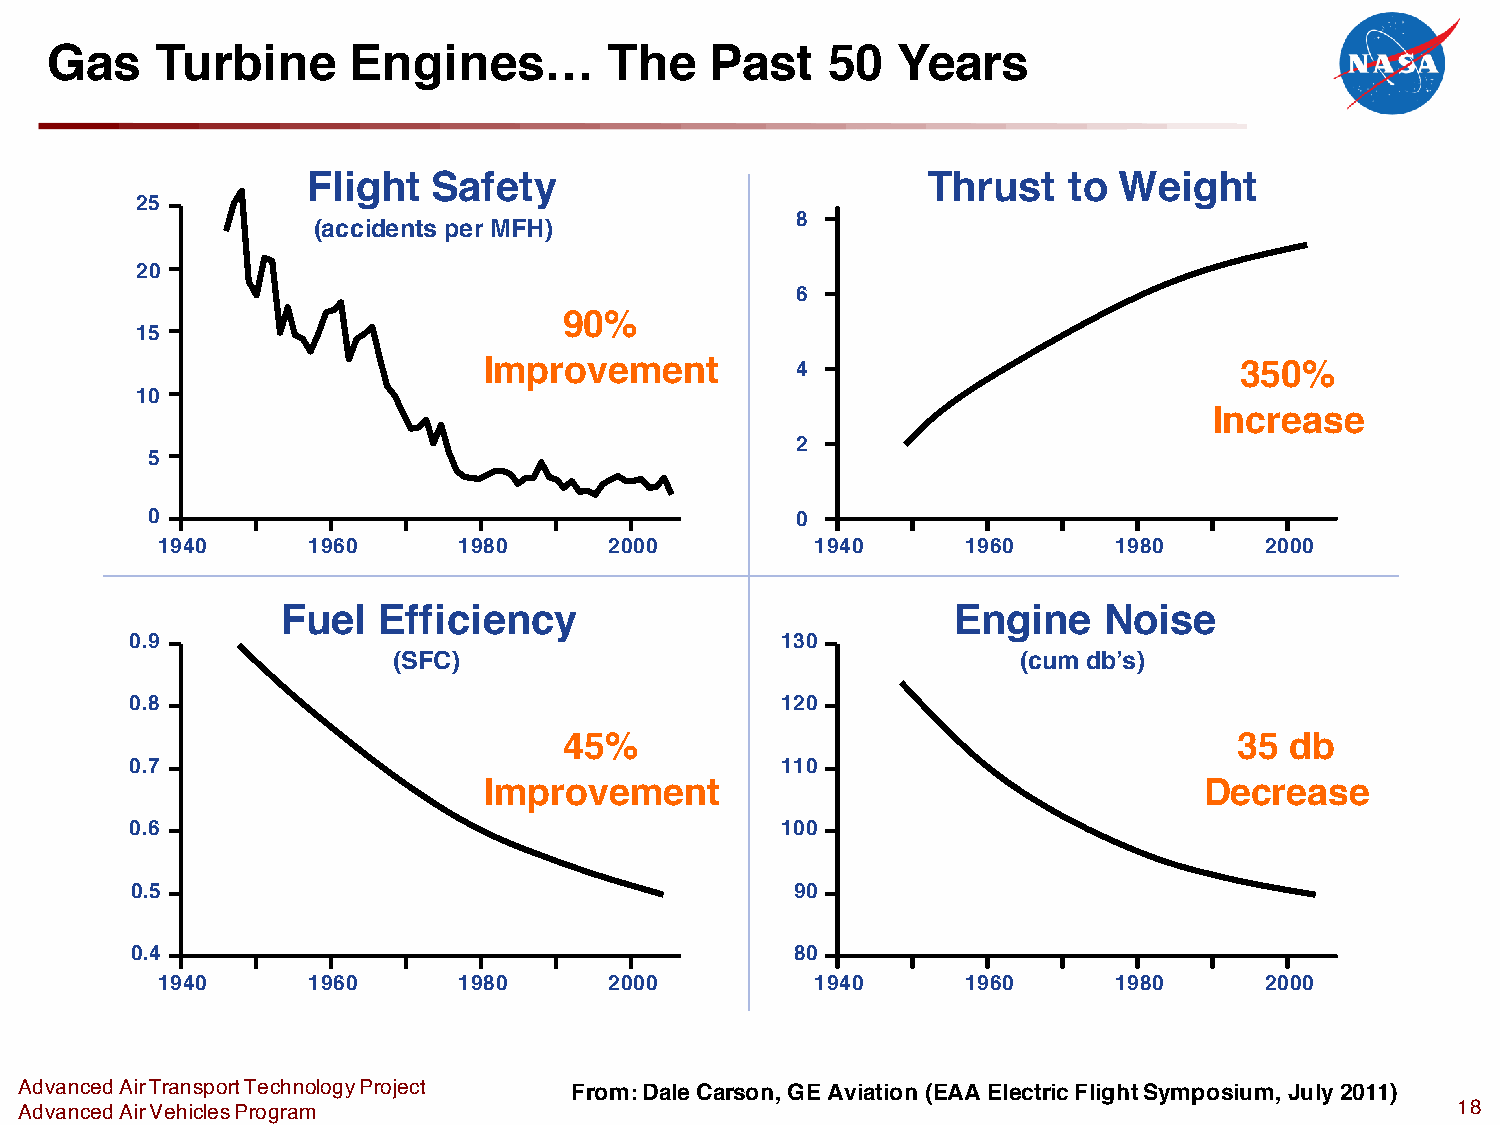
Gas    Turbine      Engines…         The    Past    50  Years
 Flight   Safety                          Thrust    to Weight
 25
 8
 (accidents per MFH)
 20
 6
 90%
 15
 Improvement          4                            350%
 10
 Increase
 2
 5
 0                                          0
 1940      1960      1980      2000          1940      1960      1980      2000
 Fuel  Efficiency                            Engine    Noise
 0.9                                        130
 (SFC)                                     (cum db’s)
 0.8                                        120
 45%                                          35 db
 0.7                                        110
 Improvement                                     Decrease
 0.6                                        100
 0.5                                         90
 0.4                                         80
 1940      1960      1980      2000          1940      1960      1980      2000
 Advanced Air Transport Technology Project From: Dale Carson, GE Aviation (EAA Electric Flight Symposium, July 2011)
 Advanced Air Vehicles Program                                                                  18